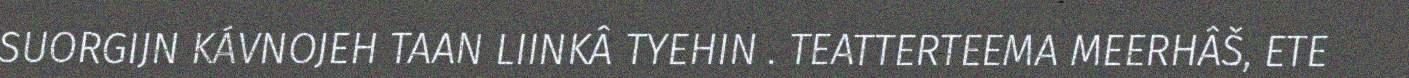
SUORGIJN KÁVNOJEH TAAN LIINKÂ TYEHIN . TEATTERTEEMA MEERHÂŠ, ETE